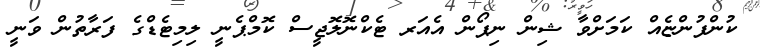
ކުންފުންޏެއް ކަމަށްވާ ޝިން ނިޕޯން އެއަރ ޓެކްނޮލޮޖީސް ކޮމްޕެނީ ލިމިޓެޑްގެ ފަރާތުން ވަނީ